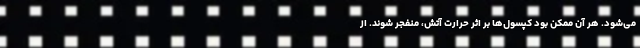
می‌شود. هر آن ممکن بود کپسول‌ها بر اثر حرارت آتش، منفجر شوند. از